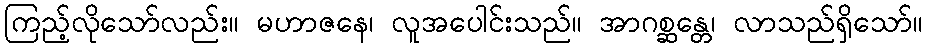
ကြည့်လိုသော်လည်း။ မဟာဇနေ၊ လူအပေါင်းသည်။ အာဂစ္ဆန္တေ၊ လာသည်ရှိသော်။